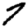
Digit: 7